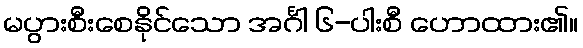
မပွားစီးစေနိုင်သော အင်္ဂါ ၆-ပါးစီ ဟောထား၏။